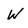
Character: W